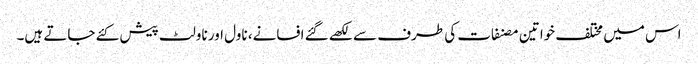
اس میں مختلف خواتین مصنفات کی طرف سے لکھے گئے افسانے، ناول اور ناولٹ پیش کئے جاتے ہیں۔